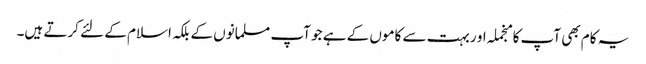
یہ کام بھی آپ کا منجملہ او ربہت سے کاموں کے ہے جو آپ مسلمانوں کے بلکہ اسلام کے لئے کرتے ہیں۔